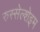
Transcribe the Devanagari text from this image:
रुस्सेल्शेइम